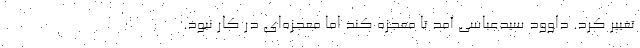
تغییر کرد. داوود سیدعباسی آمد تا معجزه کند اما معجزه‌ای در کار نبود.